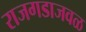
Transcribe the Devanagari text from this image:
राजगडाजवळ